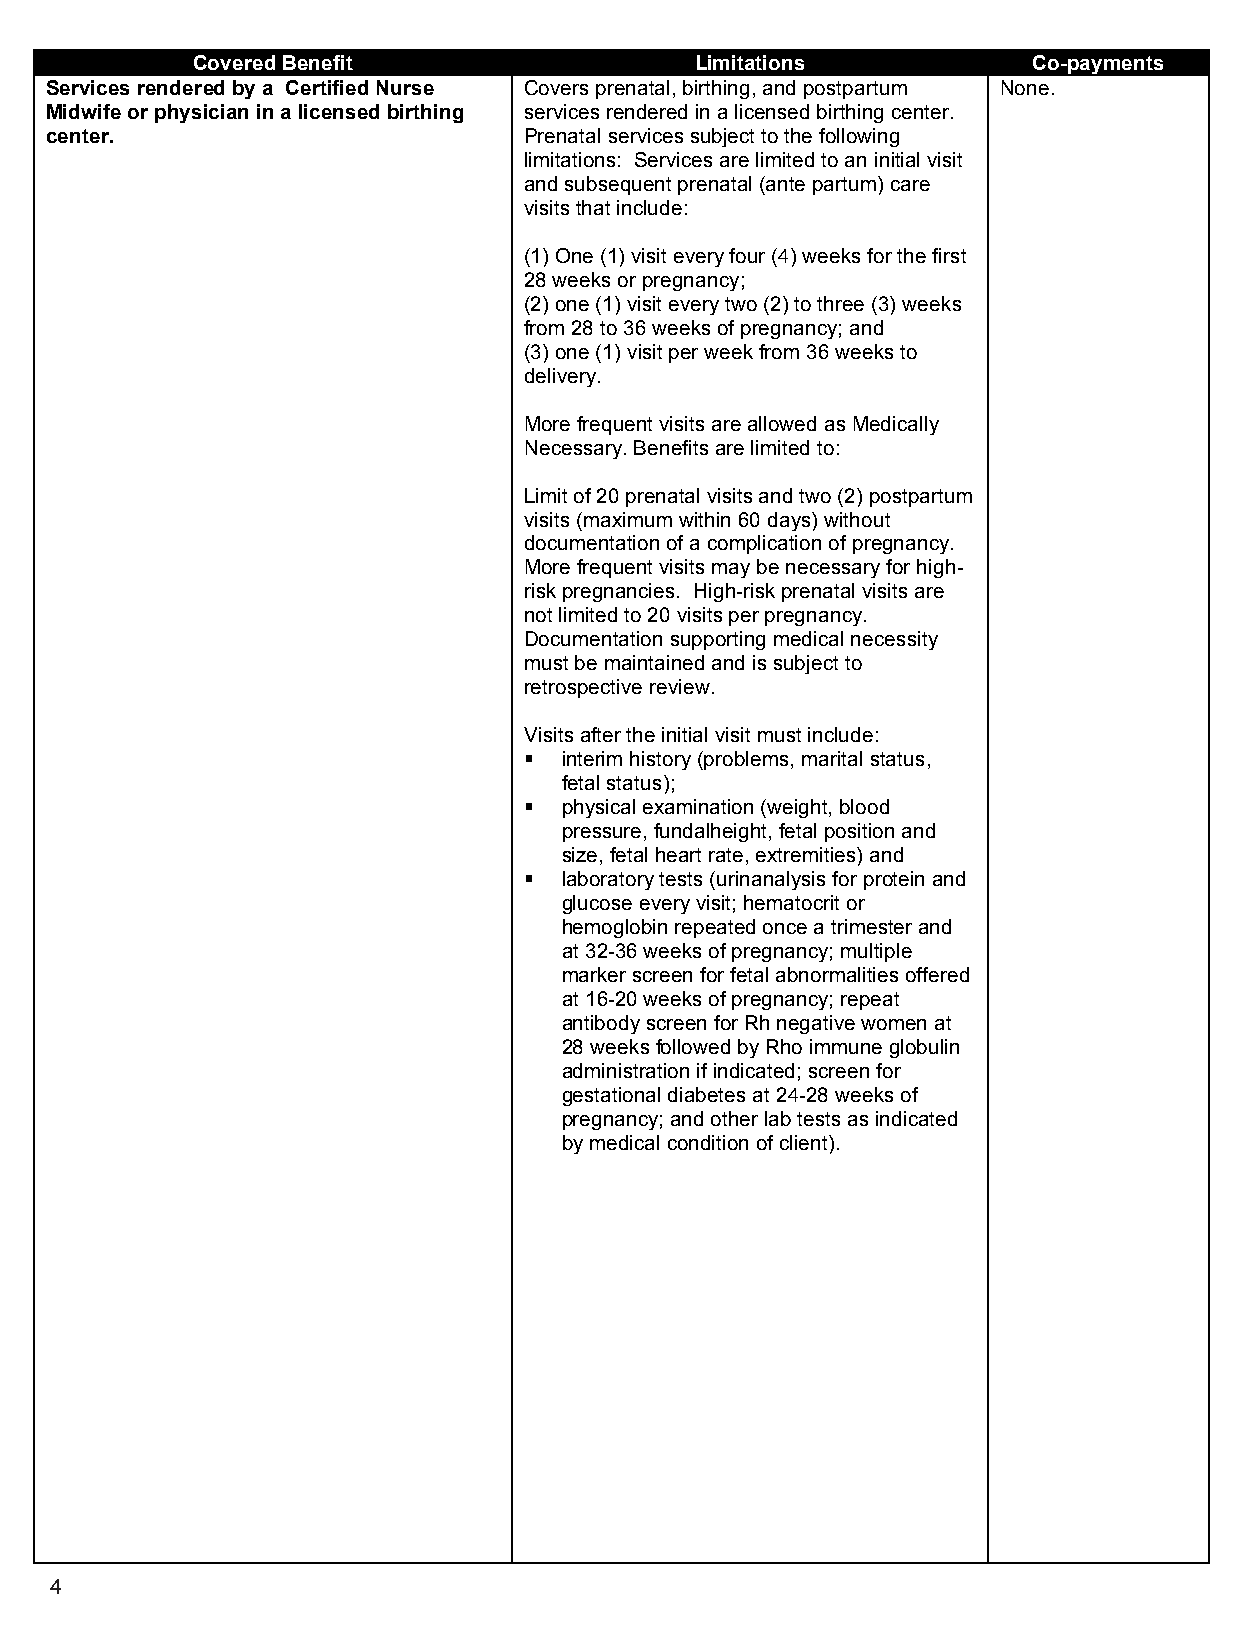
Covered Benefit                  Limitations           Co-payments
 Services rendered by a Certified Nurse Covers prenatal, birthing, and postpartum None.
 Midwife or physician in a licensed birthing services rendered in a licensed birthing center.
 center.                         Prenatal services subject to the following
 limitations: Services are limited to an initial visit
 and subsequent prenatal (ante partum) care
 visits that include:
 (1) One (1) visit every four (4) weeks for the first
 28 weeks or pregnancy;
 (2) one (1) visit every two (2) to three (3) weeks
 from 28 to 36 weeks of pregnancy; and
 (3) one (1) visit per week from 36 weeks to
 delivery.
 More frequent visits are allowed as Medically
 Necessary. Benefits are limited to:
 Limit of 20 prenatal visits and two (2) postpartum
 visits (maximum within 60 days) without
 documentation of a complication of pregnancy.
 More frequent visits may be necessary for high-
 risk pregnancies. High-risk prenatal visits are
 not limited to 20 visits per pregnancy.
 Documentation supporting medical necessity
 must be maintained and is subject to
 retrospective review.
 Visits after the initial visit must include:
  interim history (problems, marital status,
 fetal status);
  physical examination (weight, blood
 pressure, fundalheight, fetal position and
 size, fetal heart rate, extremities) and
  laboratory tests (urinanalysis for protein and
 glucose every visit; hematocrit or
 hemoglobin repeated once a trimester and
 at 32-36 weeks of pregnancy; multiple
 marker screen for fetal abnormalities offered
 at 16-20 weeks of pregnancy; repeat
 antibody screen for Rh negative women at
 28 weeks followed by Rho immune globulin
 administration if indicated; screen for
 gestational diabetes at 24-28 weeks of
 pregnancy; and other lab tests as indicated
 by medical condition of client).
 4